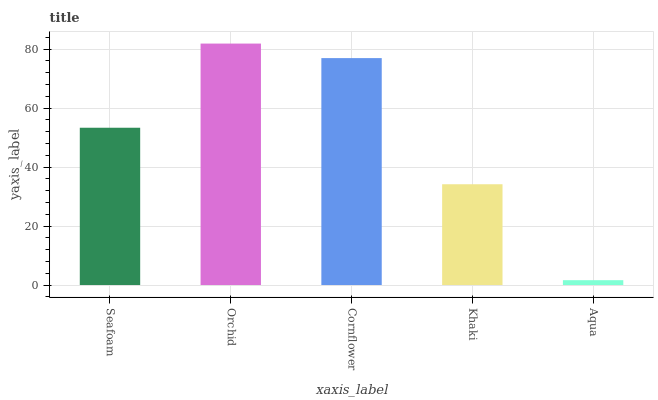
| xaxis_label | bars |
 | --- | --- |
 | Seafoam | 53.3 |
 | Orchid | 81.9 |
 | Cornflower | 77 |
 | Khaki | 34.2 |
 | Aqua | 1.64 |